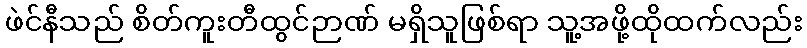
ဖဲင်နီသည် စိတ်ကူးတီထွင်ဉာဏ် မရှိသူဖြစ်ရာ သူ့အဖို့ထိုထက်လည်း